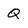
Character: Q